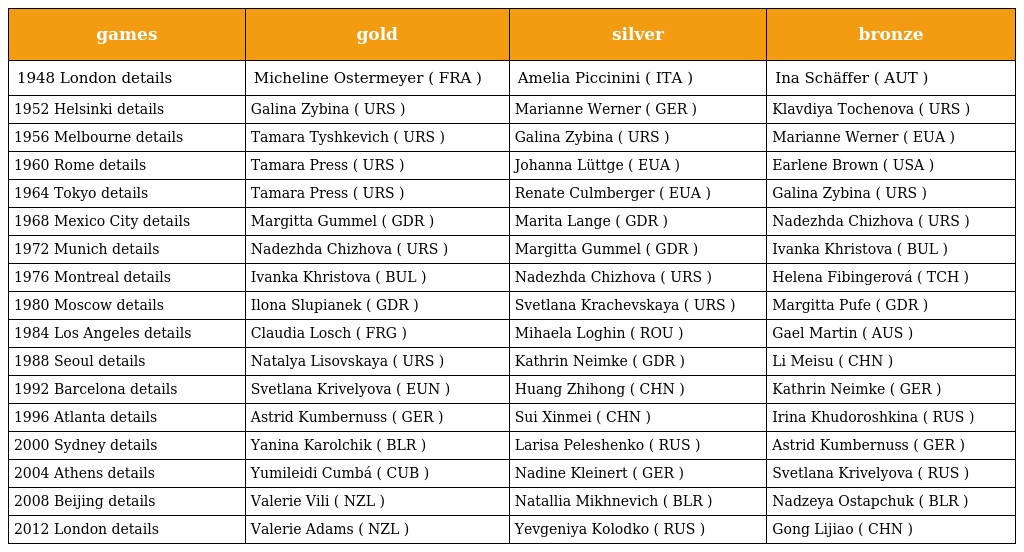
| games | gold | silver | bronze |
 | --- | --- | --- | --- |
 | 1948 London details | Micheline Ostermeyer ( FRA ) | Amelia Piccinini ( ITA ) | Ina Schäffer ( AUT ) |
 | 1952 Helsinki details | Galina Zybina ( URS ) | Marianne Werner ( GER ) | Klavdiya Tochenova ( URS ) |
 | 1956 Melbourne details | Tamara Tyshkevich ( URS ) | Galina Zybina ( URS ) | Marianne Werner ( EUA ) |
 | 1960 Rome details | Tamara Press ( URS ) | Johanna Lüttge ( EUA ) | Earlene Brown ( USA ) |
 | 1964 Tokyo details | Tamara Press ( URS ) | Renate Culmberger ( EUA ) | Galina Zybina ( URS ) |
 | 1968 Mexico City details | Margitta Gummel ( GDR ) | Marita Lange ( GDR ) | Nadezhda Chizhova ( URS ) |
 | 1972 Munich details | Nadezhda Chizhova ( URS ) | Margitta Gummel ( GDR ) | Ivanka Khristova ( BUL ) |
 | 1976 Montreal details | Ivanka Khristova ( BUL ) | Nadezhda Chizhova ( URS ) | Helena Fibingerová ( TCH ) |
 | 1980 Moscow details | Ilona Slupianek ( GDR ) | Svetlana Krachevskaya ( URS ) | Margitta Pufe ( GDR ) |
 | 1984 Los Angeles details | Claudia Losch ( FRG ) | Mihaela Loghin ( ROU ) | Gael Martin ( AUS ) |
 | 1988 Seoul details | Natalya Lisovskaya ( URS ) | Kathrin Neimke ( GDR ) | Li Meisu ( CHN ) |
 | 1992 Barcelona details | Svetlana Krivelyova ( EUN ) | Huang Zhihong ( CHN ) | Kathrin Neimke ( GER ) |
 | 1996 Atlanta details | Astrid Kumbernuss ( GER ) | Sui Xinmei ( CHN ) | Irina Khudoroshkina ( RUS ) |
 | 2000 Sydney details | Yanina Karolchik ( BLR ) | Larisa Peleshenko ( RUS ) | Astrid Kumbernuss ( GER ) |
 | 2004 Athens details | Yumileidi Cumbá ( CUB ) | Nadine Kleinert ( GER ) | Svetlana Krivelyova ( RUS ) |
 | 2008 Beijing details | Valerie Vili ( NZL ) | Natallia Mikhnevich ( BLR ) | Nadzeya Ostapchuk ( BLR ) |
 | 2012 London details | Valerie Adams ( NZL ) | Yevgeniya Kolodko ( RUS ) | Gong Lijiao ( CHN ) |